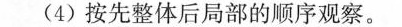
(4)按先整体后局部的顺序观察。